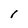
Character: l